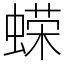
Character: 蝾